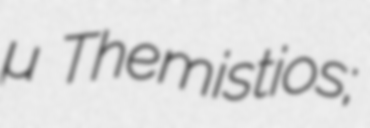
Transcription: Θεμίστιος Themistios;